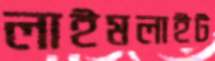
লাইমলাইট